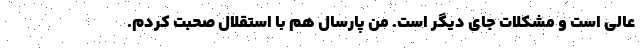
عالی است و مشکلات جای دیگر است. من پارسال هم با استقلال صحبت کردم.